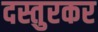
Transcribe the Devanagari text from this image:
दस्तुरकर